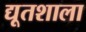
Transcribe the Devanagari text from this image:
द्यूतशाला